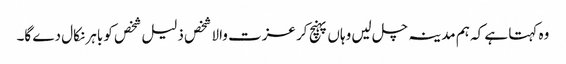
وہ کہتا ہے کہ ہم مدینہ چل لیں وہاں پہنچ کر عزت والا شخص ذلیل شخص کو باہر نکال دے گا۔